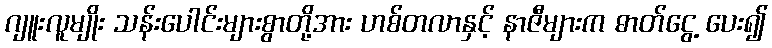
ဂျူးလူမျိုး သန်းပေါင်းများစွာတို့အား ဟစ်တလာနှင့် နာဇီများက ဓာတ်ငွေ့ ပေး၍